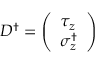
D ^ { \dagger } = \left( \begin{array} { l } { { \tau _ { z } } } \\ { { \sigma _ { z } ^ { \dagger } } } \end{array} \right)